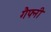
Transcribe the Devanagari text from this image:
गैफ्नी